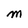
Character: M